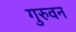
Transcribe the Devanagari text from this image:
गुरुवन